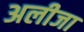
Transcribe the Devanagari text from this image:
अलीजा